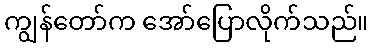
ကျွန်တော်က အော်ပြောလိုက်သည်။